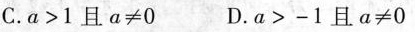
C.a>1且a≠0 D.a>-1且a≠0